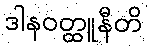
ဒါနဝတ္ထူနီတိ